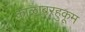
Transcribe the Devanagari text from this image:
काळाबरहुकूम